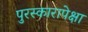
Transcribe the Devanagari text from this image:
पुरस्कारापेक्षा